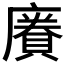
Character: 𪪥